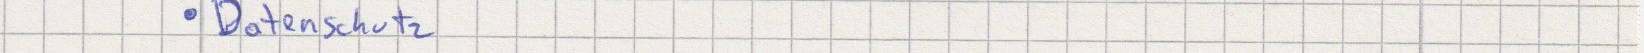
Datenschutz